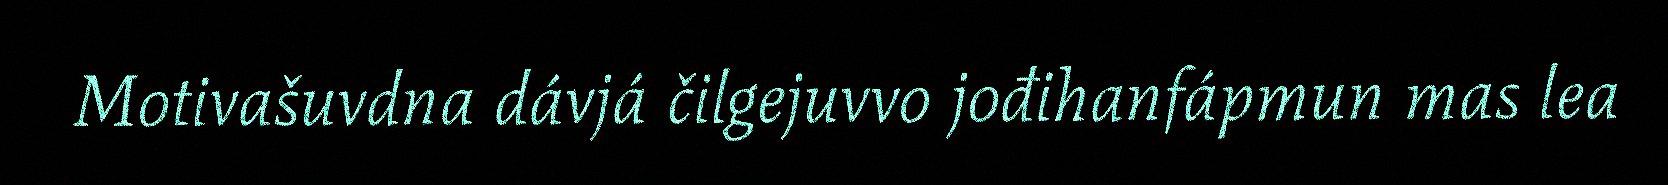
Motivašuvdna dávjá čilgejuvvo jođihanfápmun mas lea